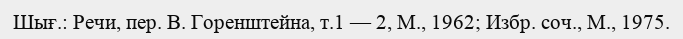
Шығ.: Речи, пер. В. Горенштейна, т.1 — 2, М., 1962; Избр. соч., М., 1975.